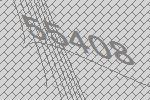
55408